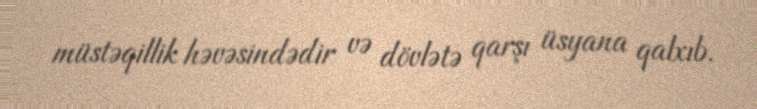
müstəqillik həvəsindədir və dövlətə qarşı üsyana qalxıb.